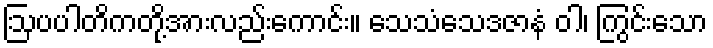
ဩပပါတိကတို့အားလည်းကောင်း။ သေသံသေဒဇာနံ ဝါ၊ ကြွင်းသော